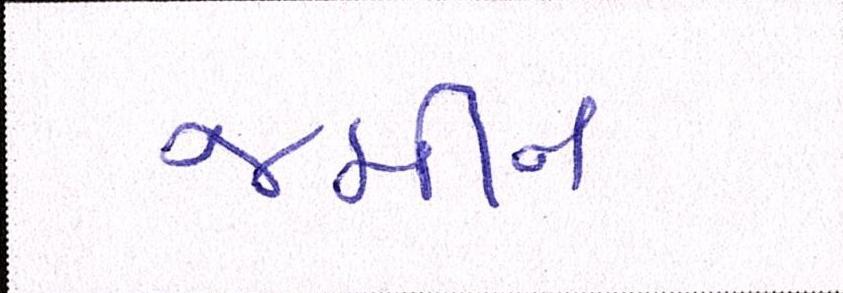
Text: જમીન